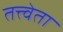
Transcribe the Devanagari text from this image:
तत्त्वेता